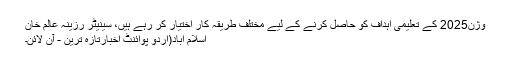
وژن2025 کے تعلیمی اہداف کو حاصل کرنے کے لیے مختلف طریقہ کار اختیار کر رہے ہیں، سینیٹر رزینہ عالم خان
اسلام آباد(اُردو پوائنٹ اخبارتازہ ترین - آن لائن۔